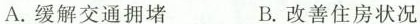
A.缓解交通拥堵 B.改善住房状况